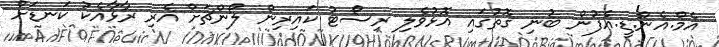
އެމް.އެން.ޑީ.އެފުން ބުނި ގޮތުގައި އޮޅުވެލި ރިސޯޓު ކައިރިން ލޯންޗަށް އެރި ރާޅާއެކު ކަނޑަށް